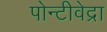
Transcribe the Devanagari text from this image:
पोन्टीवेद्रा